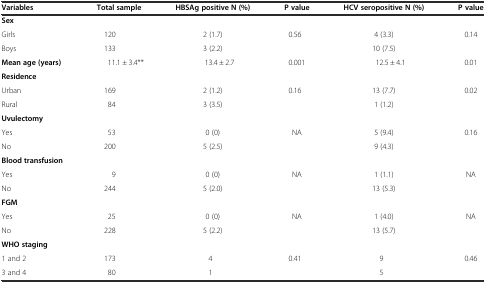
<table><thead><tr><td><b>Variables</b></td><td><b>Total sample</b></td><td><b>HBSAg positive N (%)</b></td><td><b>P value</b></td><td><b>HCV seropositive N (%)</b></td><td><b>P value</b></td></tr></thead><tbody><tr><td><b>Sex</b></td><td></td><td></td><td></td><td></td><td></td></tr><tr><td>Girls</td><td>120</td><td>2 (1.7)</td><td>0.56</td><td>4 (3.3)</td><td>0.14</td></tr><tr><td>Boys</td><td>133</td><td>3 (2.2)</td><td></td><td>10 (7.5)</td><td></td></tr><tr><td><b>Mean age</b><b>(years)</b></td><td>11.1 ± 3.4**</td><td>13.4 ± 2.7</td><td>0.001</td><td>12.5 ± 4.1</td><td>0.01</td></tr><tr><td><b>Residence</b></td><td></td><td></td><td></td><td></td><td></td></tr><tr><td>Urban</td><td>169</td><td>2 (1.2)</td><td>0.16</td><td>13 (7.7)</td><td>0.02</td></tr><tr><td>Rural</td><td>84</td><td>3 (3.5)</td><td></td><td>1 (1.2)</td><td></td></tr><tr><td><b>Uvulectomy</b></td><td></td><td></td><td></td><td></td><td></td></tr><tr><td>Yes</td><td>53</td><td>0 (0)</td><td>NA</td><td>5 (9.4)</td><td>0.16</td></tr><tr><td>No</td><td>200</td><td>5 (2.5)</td><td></td><td>9 (4.3)</td><td></td></tr><tr><td><b>Blood transfusion</b></td><td></td><td></td><td></td><td></td><td></td></tr><tr><td>Yes</td><td>9</td><td>0 (0)</td><td>NA</td><td>1 (1.1)</td><td>NA</td></tr><tr><td>No</td><td>244</td><td>5 (2.0)</td><td></td><td>13 (5.3)</td><td></td></tr><tr><td><b>FGM</b></td><td></td><td></td><td></td><td></td><td></td></tr><tr><td>Yes</td><td>25</td><td>0 (0)</td><td>NA</td><td>1 (4.0)</td><td>NA</td></tr><tr><td>No</td><td>228</td><td>5 (2.2)</td><td></td><td>13 (5.7)</td><td></td></tr><tr><td><b>WHO staging</b></td><td></td><td></td><td></td><td></td><td></td></tr><tr><td>1 and 2</td><td>173</td><td>4</td><td>0.41</td><td>9</td><td>0.46</td></tr><tr><td>3 and 4</td><td>80</td><td>1</td><td></td><td>5</td><td></td></tr></tbody></table>